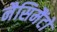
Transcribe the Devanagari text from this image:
नैसिमैंटो